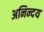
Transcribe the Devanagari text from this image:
अनिन्दय